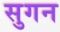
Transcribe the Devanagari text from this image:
सुगन